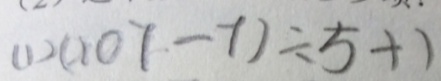
( 1 ) ( 1 0 7 - 7 ) \div 5 + 1